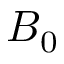
B _ { 0 }